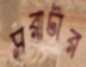
সরাটার